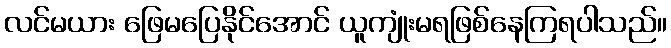
လင်မယား ဖြေမပြေနိုင်အောင် ယူကျုံးမရဖြစ်နေကြရပါသည်။